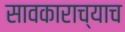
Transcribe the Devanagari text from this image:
सावकाराच्याच